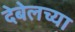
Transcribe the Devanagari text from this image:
देबेलच्या